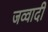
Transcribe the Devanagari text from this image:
जव्वादी